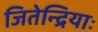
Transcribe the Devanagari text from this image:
जितेन्द्रियाः